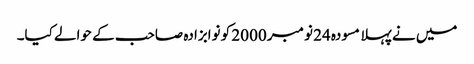
میں نے پہلا مسودہ 24 نومبر 2000 کو نوابزادہ صاحب کے حوالے کیا۔